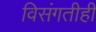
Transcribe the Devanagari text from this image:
विसंगतीही